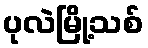
ပုလဲမြို့သစ်